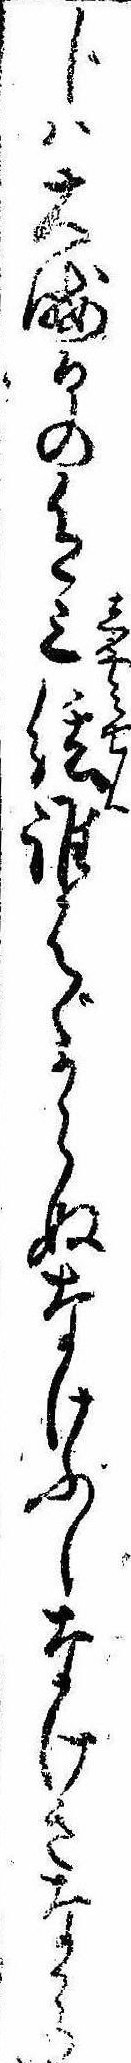
じは大晦日の色三絃誰はゞからぬなけふしなけきなから